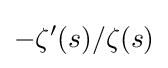
-\zeta '(s)/\zeta (s)